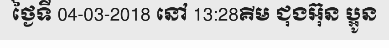
ថ្ងៃទី 04-03-2018 នៅ 13:28គីម ជុងអ៊ុន ប្អូន